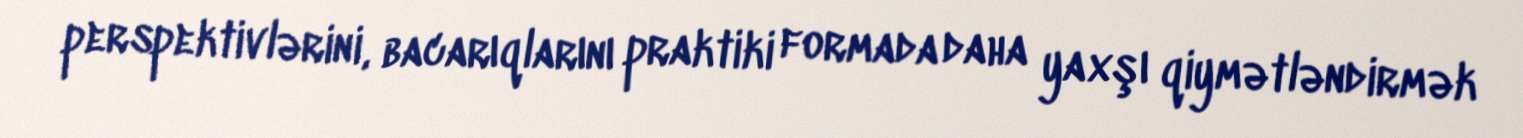
perspektivlərini, bacarıqlarını praktiki formada daha yaxşı qiymətləndirmək